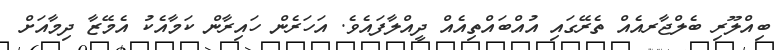
ބިއްލޫރި ބެލްޖާރއެއް ތެރޭގައި އުއްބައްތިއެއް ދީއްލާފައެވެ. އަހަރެން ހައިރާން ކަމާއެކު އެމޭޒާ ދިމާއަށް